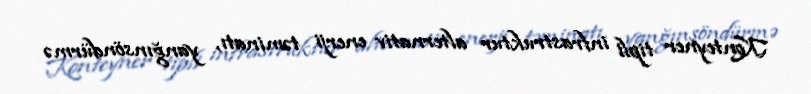
Konteyner tipli infrastruktur alternativ enerji təminatı, yanğınsöndürmə